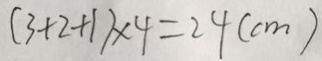
( 3 + 2 + 1 ) \times 4 = 2 4 ( c m )